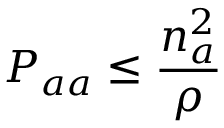
P _ { a a } \leq \frac { n _ { a } ^ { 2 } } { \rho }